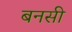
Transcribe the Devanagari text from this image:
बनसी